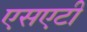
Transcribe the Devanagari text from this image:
एसएटी